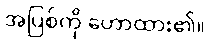
အပြစ်ကို ဟောထား၏။